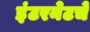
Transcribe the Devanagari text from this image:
इंटरनेटचे